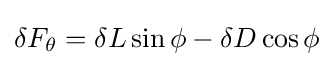
\delta F_{\theta }=\delta L\sin \phi -\delta D\cos \phi